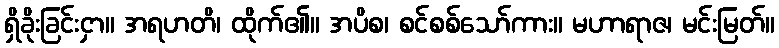
ရှိခိုးခြင်းငှာ။ အရဟတိ၊ ထိုက်၏။ အပိစ၊ စင်စစ်သော်ကား။ မဟာရာဇ၊ မင်းမြတ်။